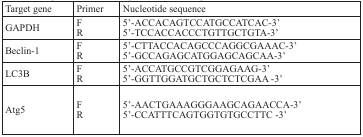
<table><thead><tr><td><b>Target gene</b></td><td><b>Primer</b></td><td><b>Nucleotide sequence</b></td></tr></thead><tbody><tr><td>GAPDH</td><td>FR</td><td>5′-ACCACAGTCCATGCCATCAC-3′5′-TCCACCACCCTGTTGCTGTA-3′</td></tr><tr><td>Beclin-1</td><td>FR</td><td>5′-CTTACCACAGCCCAGGCGAAAC-3′5′-GCCAGAGCATGGAGCAGCAA-3′</td></tr><tr><td>LC3B</td><td>FR</td><td>5′-ACCATGCCGTCGGAGAAG-3′5′-GGTTGGATGCTGCTCTCGAA-3′</td></tr><tr><td>Atg5</td><td>FR</td><td>5′-AACTGAAAGGGAAGCAGAACCA-3′5′-CCATTTCAGTGGTGTGCCTTC-3′</td></tr></tbody></table>